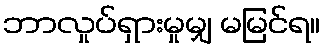
ဘာလှုပ်ရှားမှုမျှ မမြင်ရ။